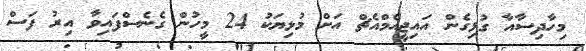
މިހާދިސާއާ ގުޅިގެން އައިޖީއެމްއެޗް އަށް މުޅިޔަކު 24 މީހުން ގެނެސްފައިވާ އިރު ފަސް